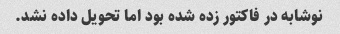
نوشابه در فاکتور زده شده بود اما تحویل داده نشد.